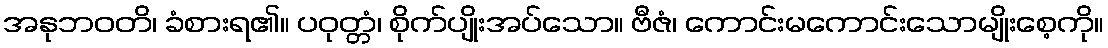
အနုဘဝတိ၊ ခံစားရ၏။ ပဝုတ္တံ၊ စိုက်ပျိုးအပ်သော။ ဗီဇံ၊ ကောင်းမကောင်းသောမျိုးစေ့ကို။